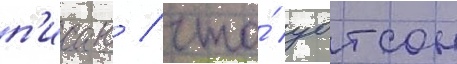
п'исав / что́ уотсон